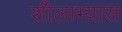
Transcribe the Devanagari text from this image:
शीलाभ्यास